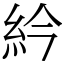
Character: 紟